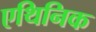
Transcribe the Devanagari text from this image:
एथिनिक